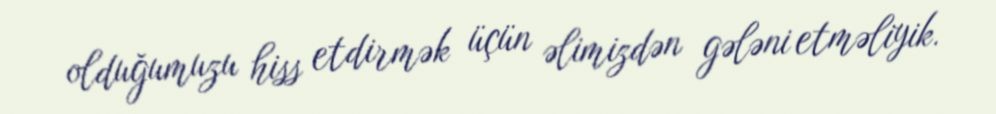
olduğumuzu hiss etdirmək üçün əlimizdən gələni etməliyik.